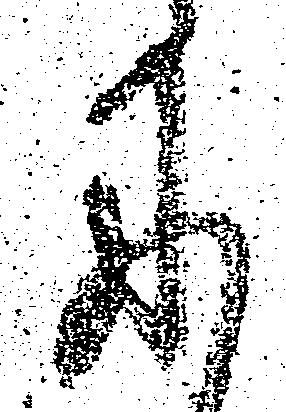
に